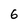
Character: 6